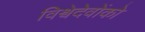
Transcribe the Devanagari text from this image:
विश्वेदेवोंको